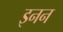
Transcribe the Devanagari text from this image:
इनन